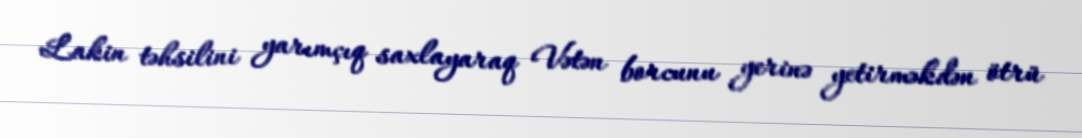
Lakin təhsilini yarımçıq saxlayaraq Vətən borcunu yerinə yetirməkdən ötrü